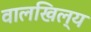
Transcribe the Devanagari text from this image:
वालखिल्‍य